Madras plague regulations in force outside the Presidency town - Volume 5
Disease focus: Plague
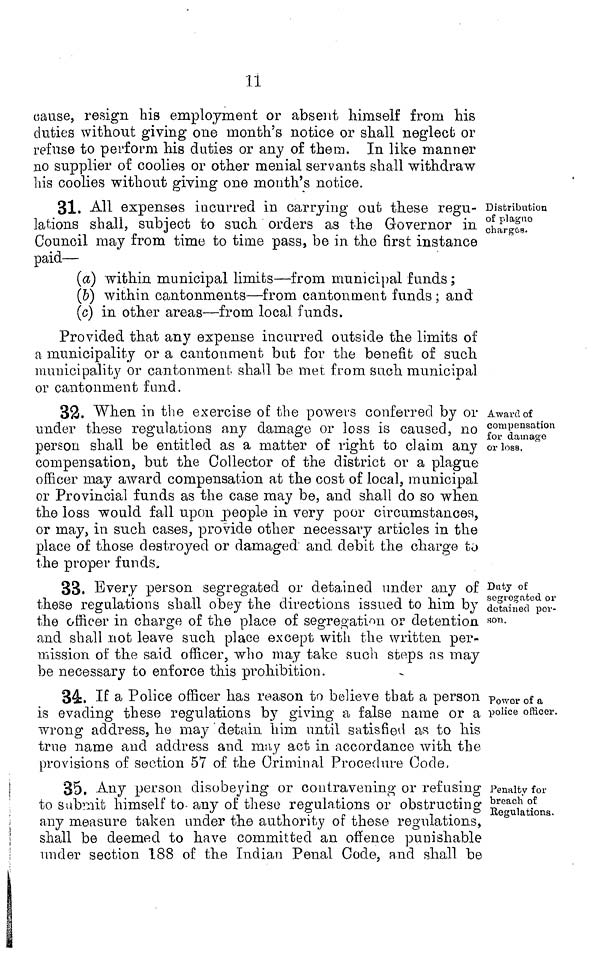
11
cause, resign his employment or absent himself from Ms
duties without giving one month's notice or shall neglect or
refuse to perform his duties or any of them. In like manner
no supplier of coolies or other menial servants shall withdraw
his coolies without giving one month's notice.
Distribution
of plague
charges.
31. All expenses incurred in carrying out these regu-
lations shall, subject to such orders as the Governor in
Council may from time to time pass, be in the first instance
paid—
(a) within municipal limits—from municipal funds ;
(b) within, cantonments—from cantonment funds ; and
(c) in other areas—from local funds.
Provided that any expense incurred outside the limits of
a municipality or a cantonment but for the benefit of such
municipality or cantonment shall be met from such municipal
or cantonment fund.
Award of
compensation
for damage
or loss.
32. When in the exercise of the powers conferred by or
under these regulations any damage or loss is caused, no
person shall be entitled as a matter of right to claim any
compensation, but the Collector of the district or a plague
officer may award compensation at the cost of local, municipal
or Provincial funds as the case may be, and shall do so when
the loss would fall upon people in very poor circumstances,
or may, in such cases, provide other necessary articles in the
place of those destroyed or damaged and debit the charge to
the proper funds.
Duty o£
segregated or
detained per-
son.
33. Every person segregated or detained under any of
these regulations shall obey the directions issued to him by
the officer in charge of the place of segregation or detention
and shall not leave such place except with the written per-
mission, of the said officer, who may take such steps as may
be necessary to enforce this prohibition.
Power of a
police officer.
34. If a Police officer has reason to believe that a person
is evading these regulations by giving a false name or a
wrong address, he may detain him until satisfied as to his
true name and address and may act in accordance with the
provisions of section 57 of the Criminal Procedure Code,
Penalty for
broach of
Regulations.
35. Any person disobeying or contravening or refusing
to submit himself to- any of these regulations or obstructing
any measure taken under the authority of these regulations,
shall be deemed to have committed an offence punishable
under section 188 of the Indian Penal Code, and shall be